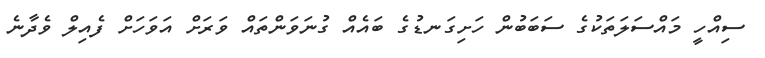
ސިއްހީ މައްސަލަތަކުގެ ސަބަބުން ހަށިގަނޑުގެ ބައެއް ގުނަވަންތައް ވަރަށް އަވަހަށް ފެއިލް ވެދާނެ